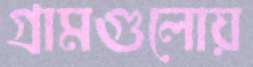
গ্রামগুলোয়